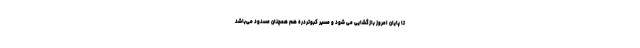
تا پایان امروز بازگشایی می شود و مسیر کبوتردره هم همچنان مسدود می‌باشد